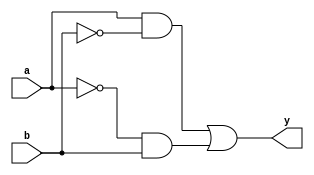
module xor_gate(
    input a,
    input b,
    output y
);

wire nota, notb, and1, and2;

assign nota = ~a;
assign notb = ~b;
assign and1 = a & notb;
assign and2 = nota & b;
assign y = and1 | and2;

endmodule